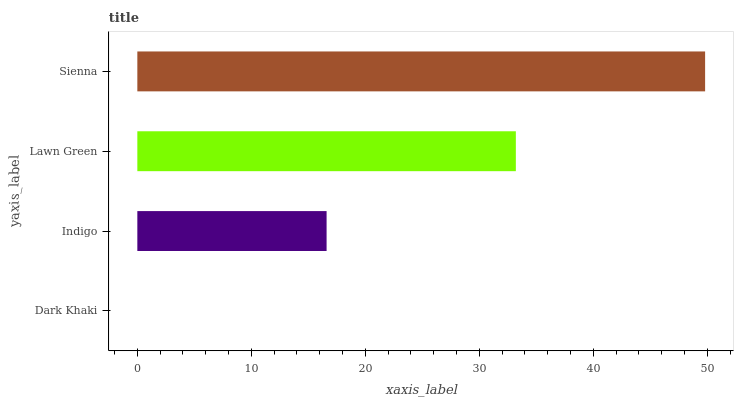
| yaxis_label | bars |
 | --- | --- |
 | Dark Khaki | 0 |
 | Indigo | 16.6 |
 | Lawn Green | 33.2 |
 | Sienna | 49.8 |